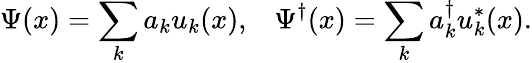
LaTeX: \Psi(x)=\sum_{k}a_{k}u_{k}(x),\; \; \; \Psi^{\dagger}(x)=\sum_{k}a_{k}^{\dagger}u_{k}^{*}(x).